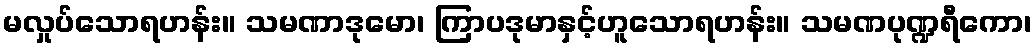
မလှုပ်သောရဟန်း။ သမဏာဒုမော၊ ကြာပဒုမာနှင့်ဟူသောရဟန်း။ သမဏပုဏ္ဍရီကော၊